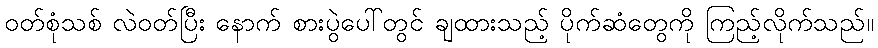
ဝတ်စုံသစ် လဲဝတ်ပြီး နောက် စားပွဲပေါ်တွင် ချထားသည့် ပိုက်ဆံတွေကို ကြည့်လိုက်သည်။